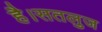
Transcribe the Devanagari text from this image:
है।सतलुज